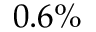
0 . 6 \%